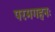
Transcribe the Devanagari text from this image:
परमगहनः